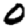
Digit: 0